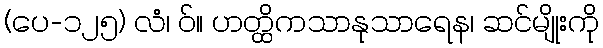
(ပေ-၁၂၅) လံ၊ ဝ်။ ဟတ္ထိကသာနုသာရေန၊ ဆင်မျိုးကို